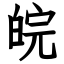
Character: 皖